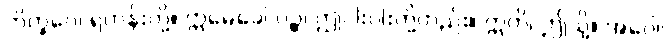
ဘိက္ခဝေ၊ ရဟန်းတို့။ ဣမေခေါ ပဉ္စ၊ ဤငါးပါးတို့တည်း။ ဣတိ၊ ဤသို့။ အဝေါ၊